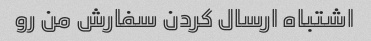
اشتباه ارسال کردن سفارش من رو